Tartu_Kolgata_baptistikogudus, lk 7
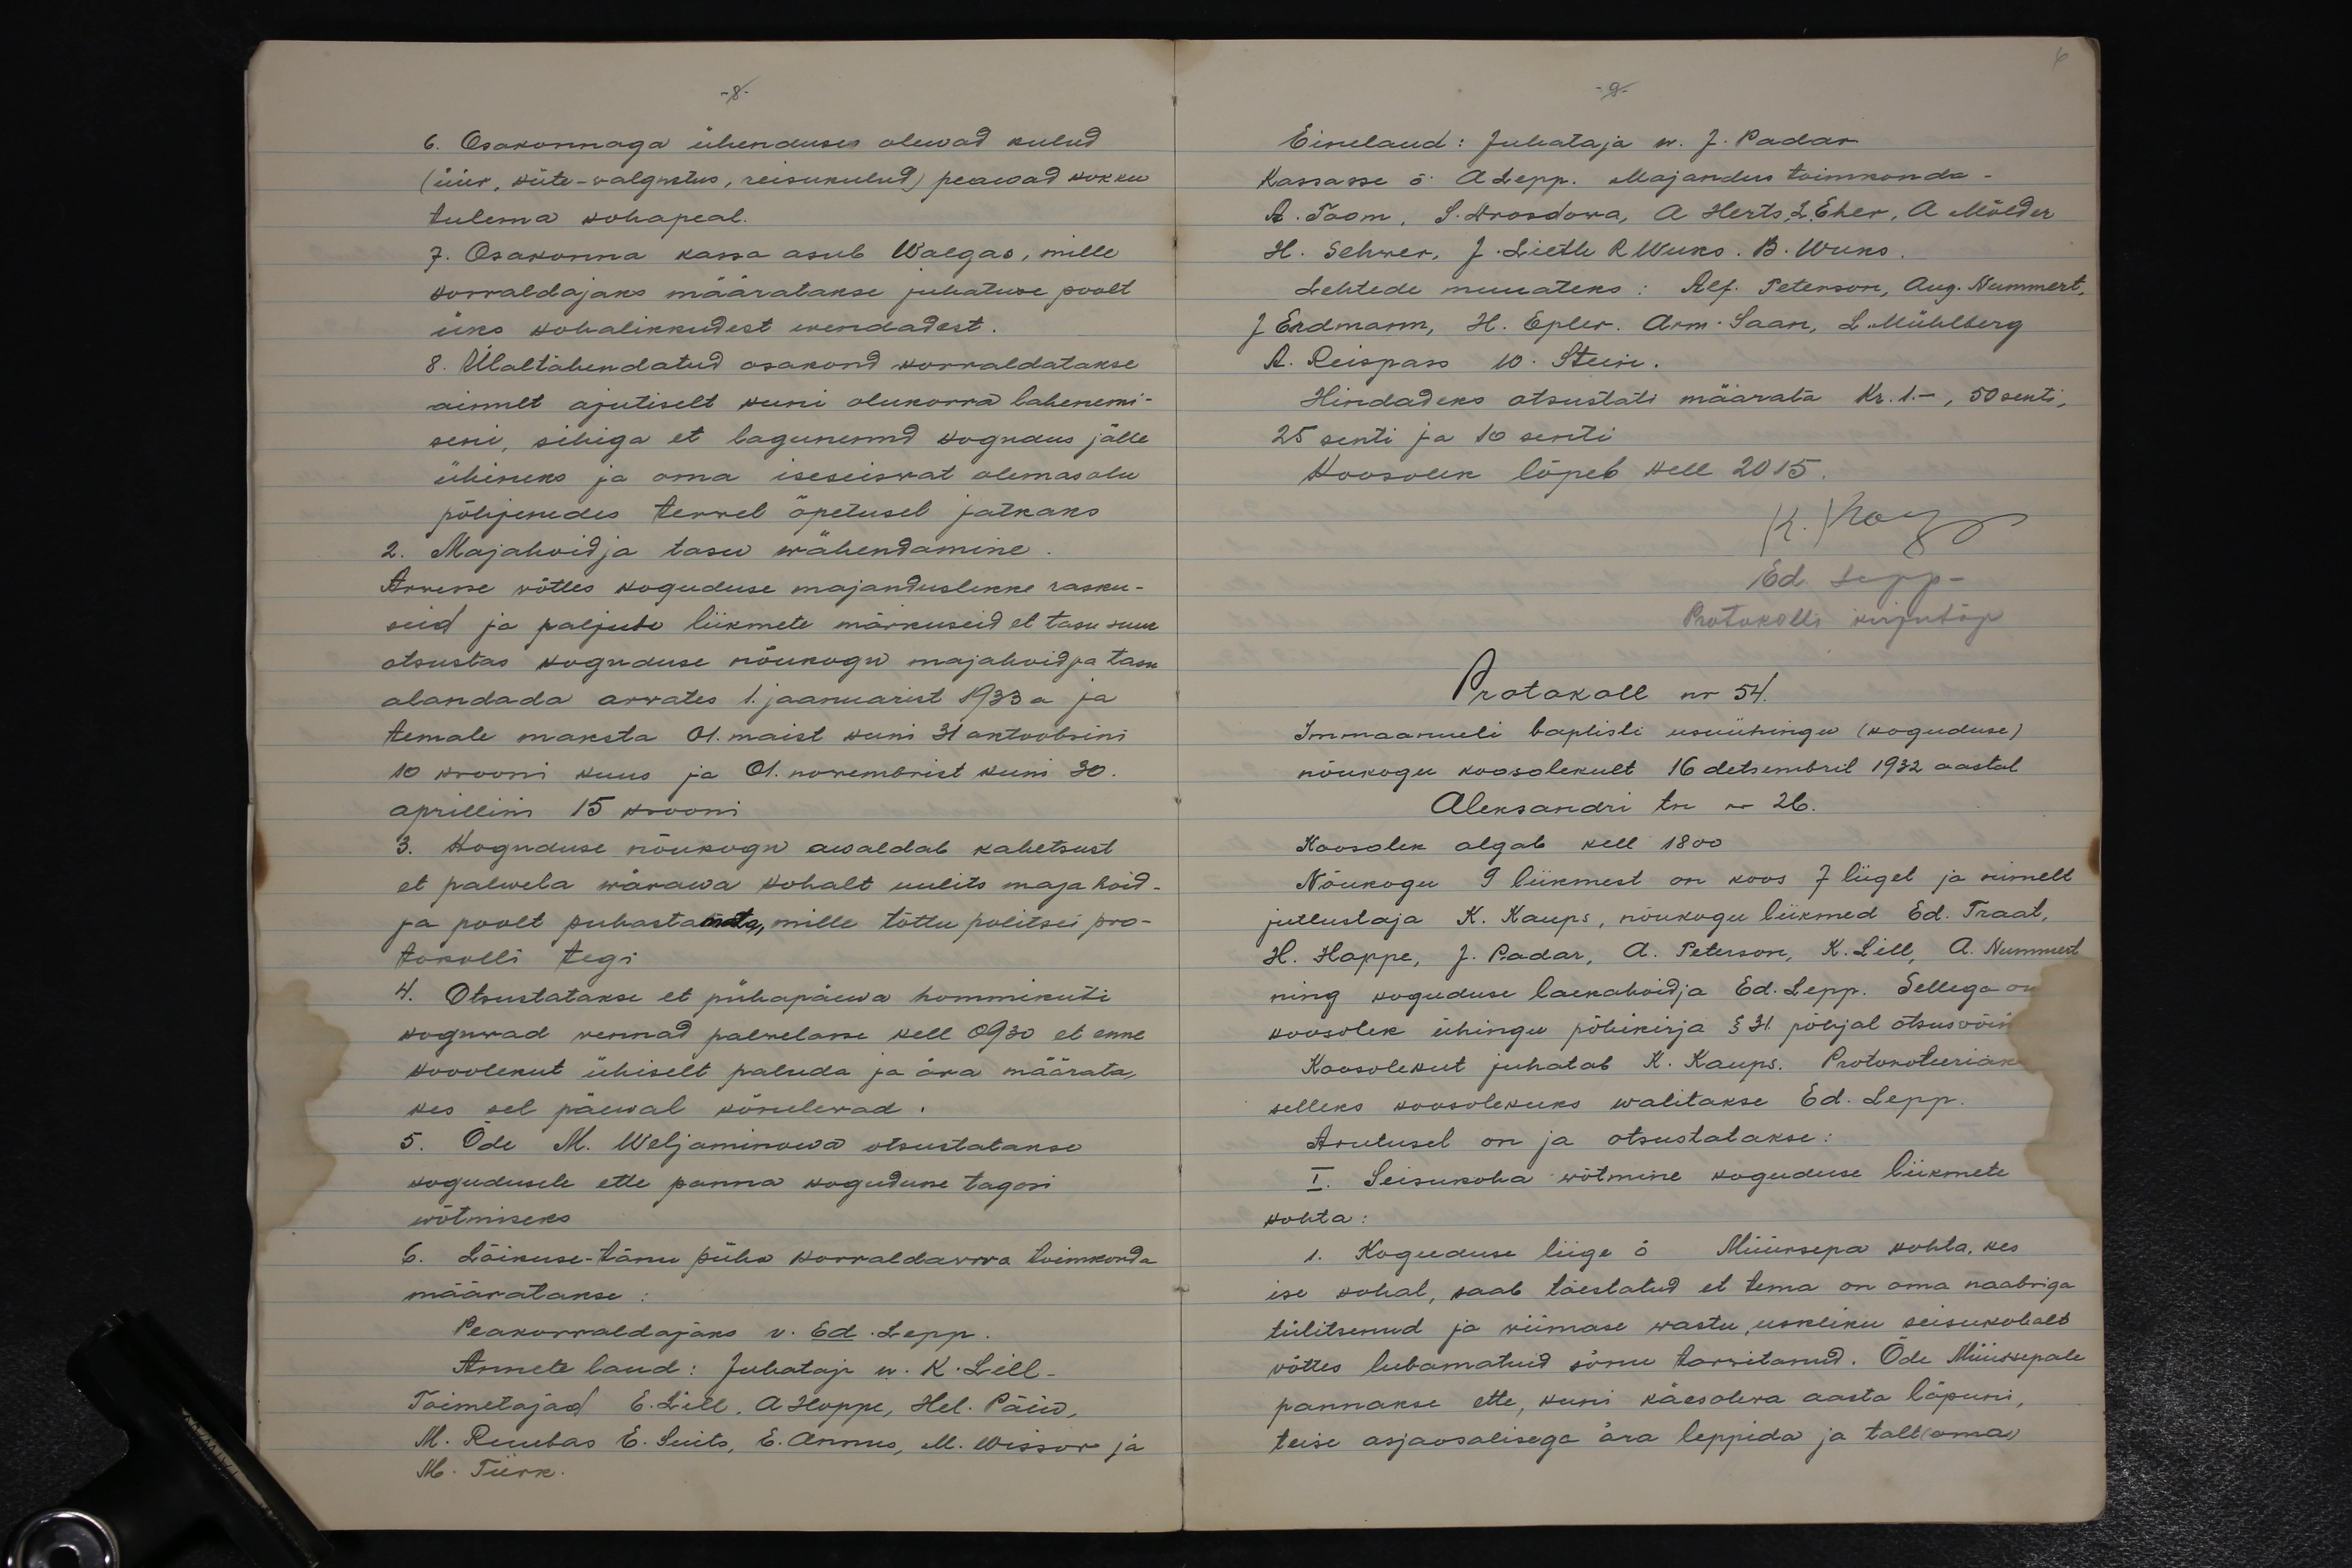
- 8 -

6. Osakonnaga ühenduses olewad kulud
(üür, küte-walgustus, reisukulud) peawad kokku
tulema kohapeal.
7. Osakonna kassa asub Walgas, mille
korraldajaks määratakse juhatuse poolt
üks kohalikkudest wendadest.
8. Ülaltähendatud osakond korraldatakse
ainult ajutiselt kuni olukorra lahenemi-
seni, sihiga et lagunenud kogudus jälle
ühineks ja oma iseseiswat olemasolu
põhjenedes tervel õpetusel jätkaks
2. Majahoidja tasu wähendamine.
Arwesse võtles koguduse majanduslikke rasku-
seid ja paljute liikmete märkuseid et tasu suur
otsustas koguduse nõukogu majahoidja tasu
alandada arwates 1. jaanuarist 1933 a ja
temale maksta 01. maist kuni 31 oktoobrini
10 krooni kuus ja 01. novembrist kuni 30.
aprillini 15 krooni.
3. Koguduse nõukogu awaldab kahetsust
et palwela wärawa kohalt uulits maja hoid-
ja poolt puhastamata, mille tõttu politsei pro-
tokolli tegi
4. Otsustatakse et pühapäewa hommikuti
koguwad vennad palwelasse kell 0930 et enne
Kooolekut ühiselt paluda ja ära määrata,
kes sel päewal kõnelewad.
5. Õde M. Weljaminowa otsustatakse
kogudusele ette panna kogudusse tagasi
wõtmiseks
6. Lõikuse-tänu püha korraldawwa toimkonda
määratakse:
Peakorraldajaks v. Ed. Lepp.
Annete laud: Juhataja w. K. Lill.
Toimetajad E. Lill. A. Hoppe, Hel. Päiw,
M. Ruubas E. Suits, E. Annus, M. Wissor ja
H. Türk.

6
- 9 -
Einelaud: Juhataja w. J. Padar
Kassasse õ. A. Lepp. Majandus toimkonda-
A. Toom, S. Drosdowa, A. Herts, L. Eher, A Mölder.
H. Sehwer, J. Lieth R. Wuks. B. Wuks.
Lehtede muuateks: Alf. Peterson, Aug. Nummert,
J. Erdmann, H. Epler. Arm. Saan, L. Mühlberg.
A. Reispass W. Stein.
Hindadeks otsustati määrata Kr. 1.-, 50 senti,
25 senti ja 10 senti.
Koosolek lõpeb kell 2015.
K. Kaups
Ed. Sepp-
Protokolli kirjutaja
Protokoll nr 54.
Immaanueli baptisti usuühingu (koguduse)
nõukogu koosolekult 16 detsembril 1932 aastal
Aleksandri tn nr 26.
Koosolek algab kell 1800
Nõukogu 9 liikmest on koos 7 liiget ja nimelt
jutlustaja K. Kaups, nõukogu liikmed Ed. Traat,
H. Hoppe, J. Padar, A. Peterson, K. Lill, A. Nummert,
ning koguduse laekahoidja Ed. Lepp. Sellega on
koosolek ühingu põhikirja § 31. pohjal otsusvõi
Koosolekut juhatab K. Kaups. Protokoleeriak
selleks koosolekuks walitakse Ed. Lepp.
Arutusel on ja otsustatakse:
I. Seisukoha wõtmine koguduse liikmete
kohta:
1. Koguduse liige õ Müürsepa kohta, kes
ise kohal, saab tõestatud et tema on oma naabriga
tülitsenud ja viimase wastu, uskliku seisukohalt
võttes lubamatuid sõnu tarvitanud. Õde Müürsepale
pannakse ette, kuni käesoleva aasta lõpuni,
teise asjaosalisega ära leppida ja talt (omas)